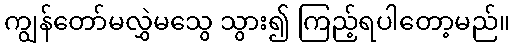
ကျွန်တော်မလွှဲမသွေ သွား၍ ကြည့်ရပါတော့မည်။